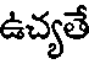
ఉచ్యతే